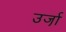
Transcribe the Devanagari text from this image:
उर्जा़